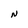
Character: N